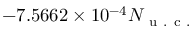
- 7 . 5 6 6 2 \times 1 0 ^ { - 4 } N _ { \mathrm { ~ u ~ . ~ c ~ . ~ } }